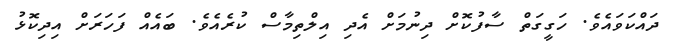
ދައްކަވައެވެ. ހަގީގަތް ސާފުކޮށް ދިނުމަށް އެދި އިލްތިމާސް ކުރެއެވެ. ބައެއް ފަހަރަށް އިދިކޮޅު